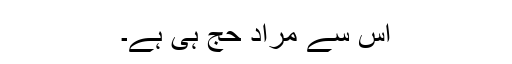
اِس سے مراد حج ہی ہے۔